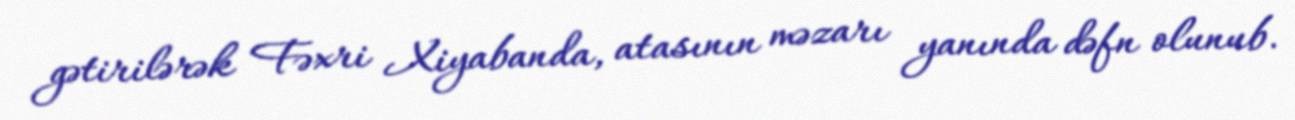
gətirilərək Fəxri Xiyabanda, atasının məzarı yanında dəfn olunub.